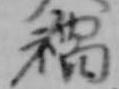
禍